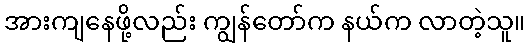
အားကျနေဖို့လည်း ကျွန်တော်က နယ်က လာတဲ့သူ။